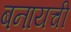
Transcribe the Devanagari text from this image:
बनायची